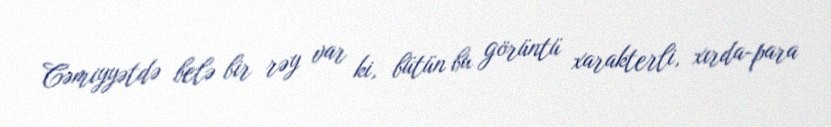
Cəmiyyətdə belə bir rəy var ki, bütün bu görüntü xarakterli, xırda-para